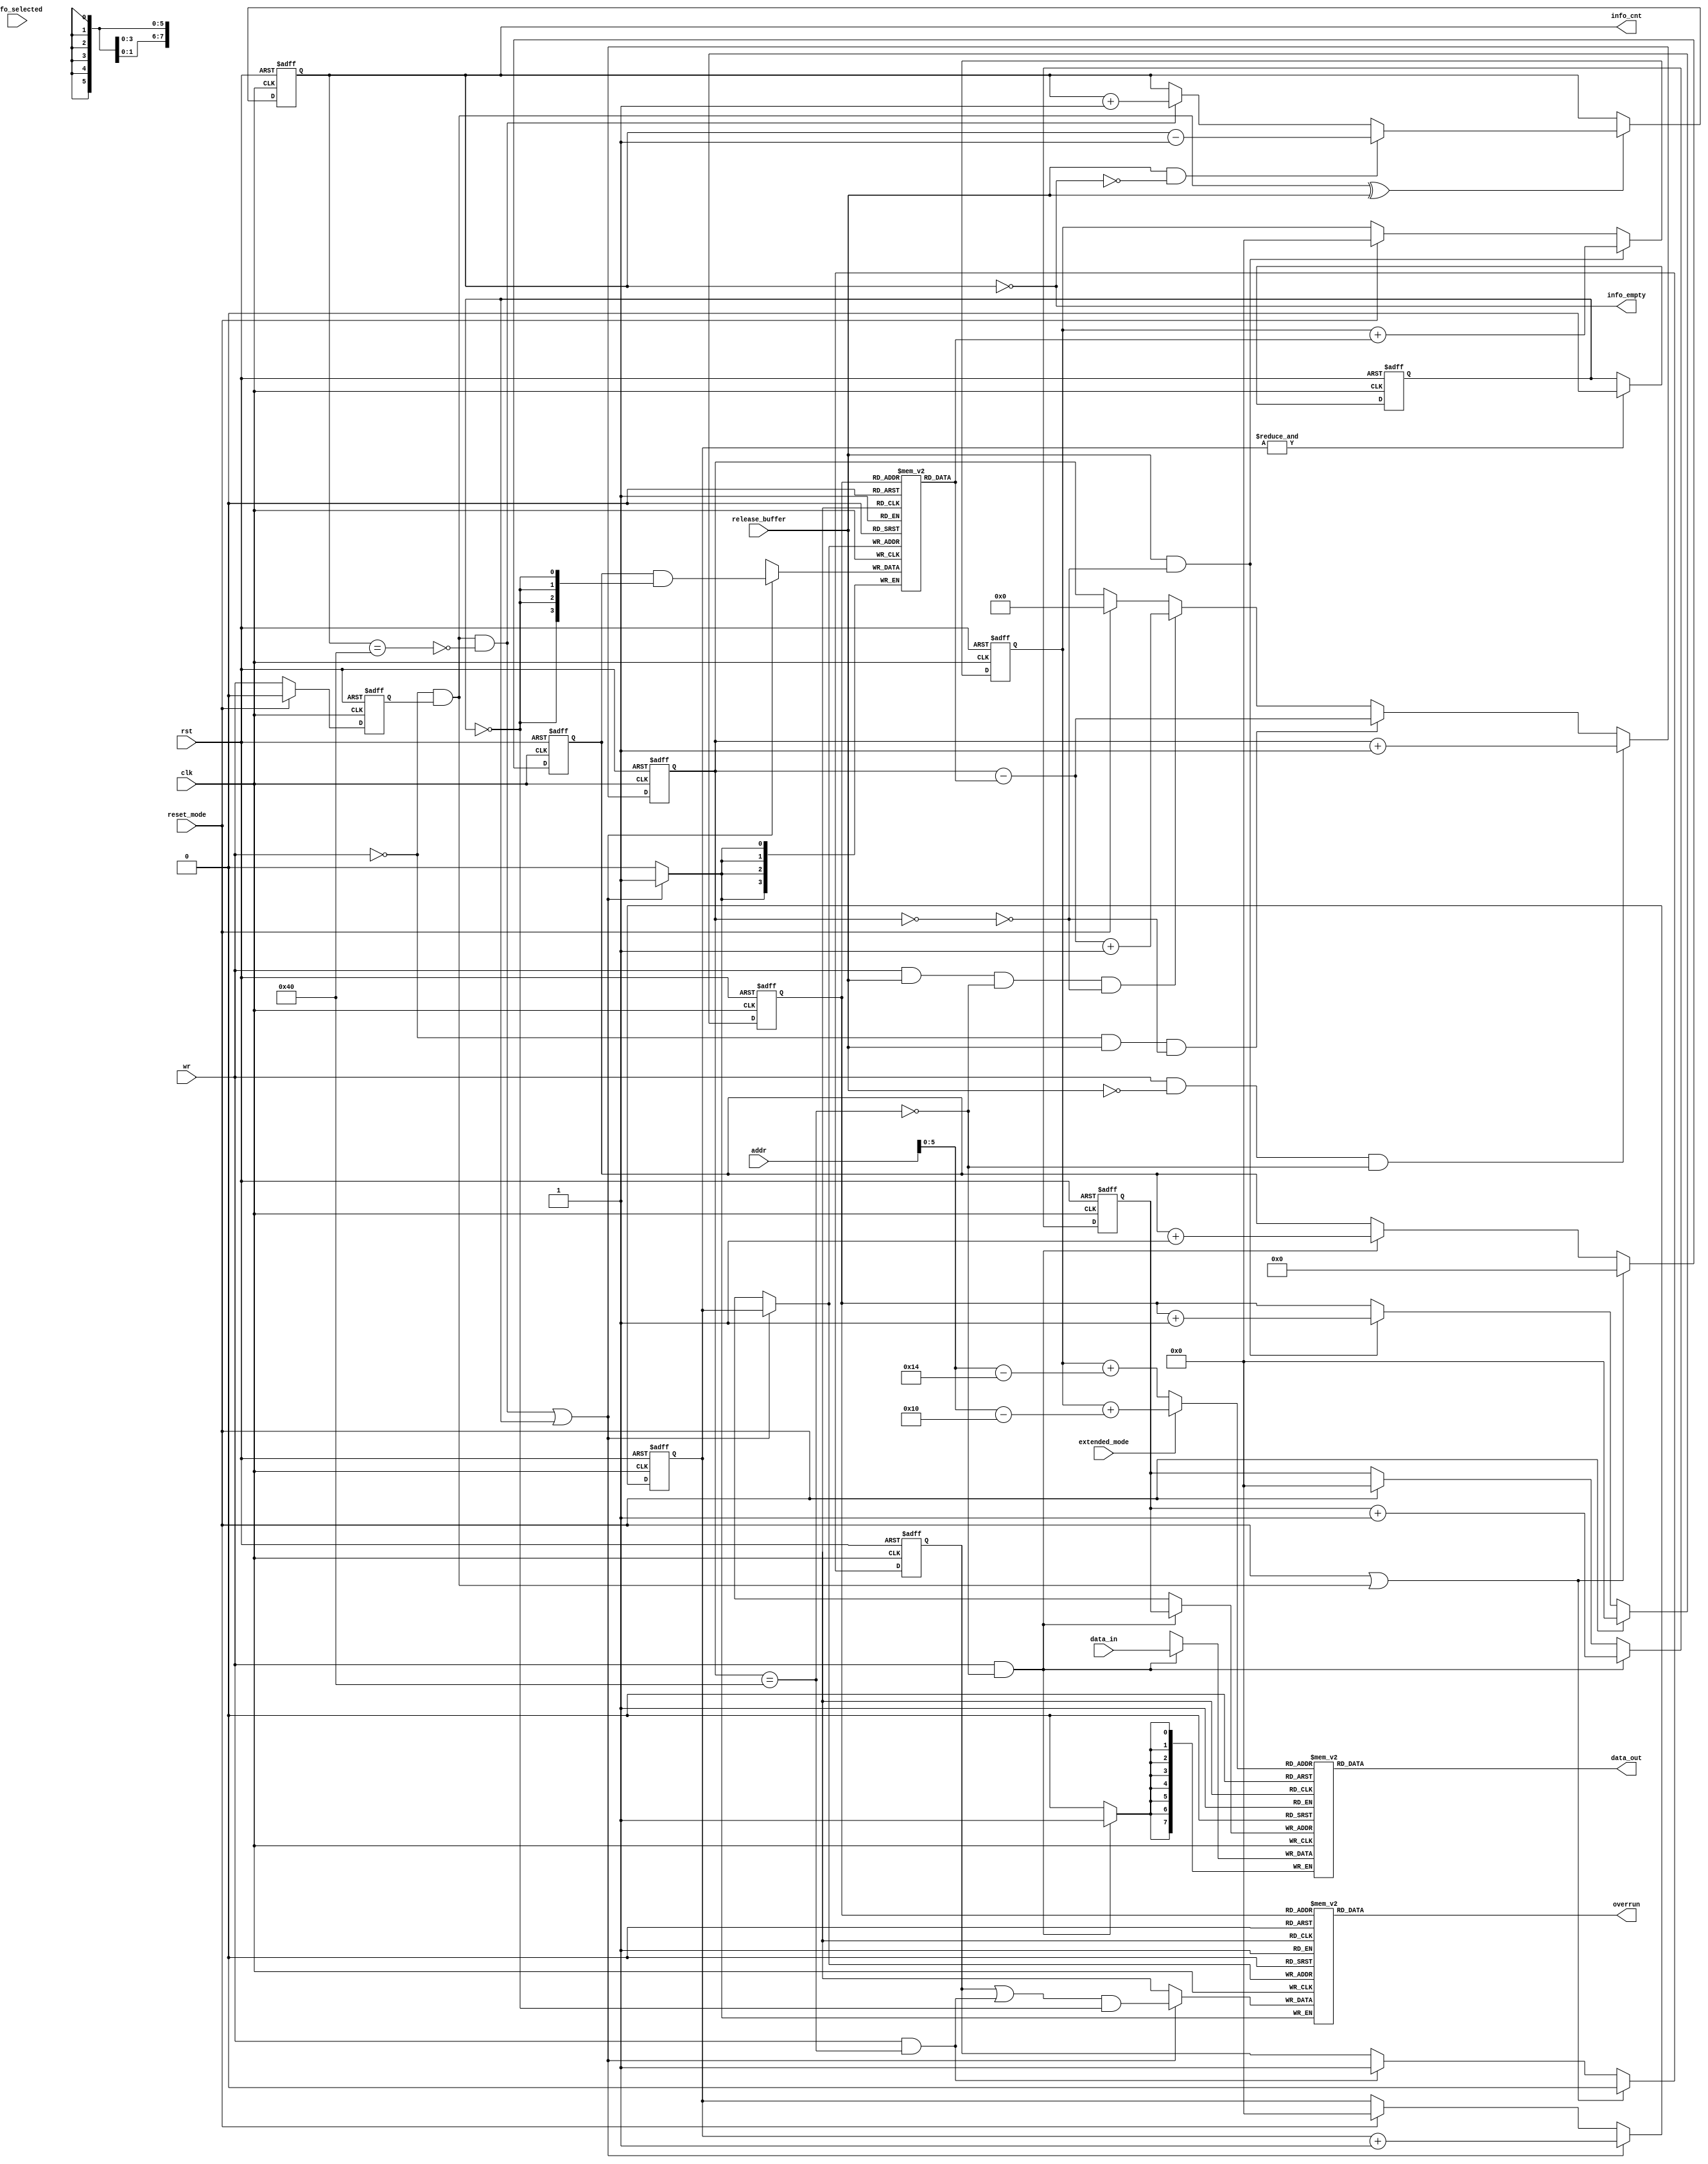
module can_fifo
( 
  clk,
  rst,

  wr,

  data_in,
  addr,
  data_out,
  fifo_selected,

  reset_mode,
  release_buffer,
  extended_mode,
  overrun,
  info_empty,
  info_cnt

);

parameter Tp = 1;

input         clk;
input         rst;
input         wr;
input   [7:0] data_in;
input   [7:0] addr;
input         reset_mode;
input         release_buffer;
input         extended_mode;
input         fifo_selected;

output  [7:0] data_out;
output        overrun;
output        info_empty;
output  [6:0] info_cnt;

`ifdef ACTEL_APA_RAM
`else
`ifdef XILINX_RAM
`else
  reg     [7:0] fifo [0:63];
  reg     [3:0] length_fifo[0:63];
  reg           overrun_info[0:63];
`endif
`endif

reg     [5:0] rd_pointer;
reg     [5:0] wr_pointer;
reg     [5:0] read_address;
reg     [5:0] wr_info_pointer;
reg     [5:0] rd_info_pointer;
reg           wr_q;
reg     [3:0] len_cnt;
reg     [6:0] fifo_cnt;
reg     [6:0] info_cnt;
reg           latch_overrun;
reg           initialize_memories;

wire    [3:0] length_info;
wire          write_length_info;
wire          fifo_empty;
wire          fifo_full;
wire          info_full;

assign write_length_info = (~wr) & wr_q;

// Delayed write signal
always @ (posedge clk or posedge rst)
begin
  if (rst)
    wr_q <= 0;
  else if (reset_mode)
    wr_q <=#Tp 0;
  else
    wr_q <=#Tp wr;
end


// length counter
always @ (posedge clk or posedge rst)
begin
  if (rst)
    len_cnt <= 0;
  else if (reset_mode | write_length_info)
    len_cnt <=#Tp 1'b0;
  else if (wr & (~fifo_full))
    len_cnt <=#Tp len_cnt + 1'b1;
end


// wr_info_pointer
always @ (posedge clk or posedge rst)
begin
  if (rst)
    wr_info_pointer <= 0;
  else if (write_length_info & (~info_full) | initialize_memories)
    wr_info_pointer <=#Tp wr_info_pointer + 1'b1;
  else if (reset_mode)
    wr_info_pointer <=#Tp 0;
end



// rd_info_pointer
always @ (posedge clk or posedge rst)
begin
  if (rst)
    rd_info_pointer <= 0;
  else if (reset_mode)
    rd_info_pointer <=#Tp 0;
  else if (release_buffer & (~fifo_empty))
    rd_info_pointer <=#Tp rd_info_pointer + 1'b1;
end


// rd_pointer
always @ (posedge clk or posedge rst)
begin
  if (rst)
    rd_pointer <= 0;
  else if (release_buffer & (~fifo_empty))
    rd_pointer <=#Tp rd_pointer + length_info;
  else if (reset_mode)
    rd_pointer <=#Tp 0;
end


// wr_pointer
always @ (posedge clk or posedge rst)
begin
  if (rst)
    wr_pointer <= 0;
  else if (wr & (~fifo_full))
    wr_pointer <=#Tp wr_pointer + 1'b1;
  else if (reset_mode)
    wr_pointer <=#Tp 0;
end


// latch_overrun
always @ (posedge clk or posedge rst)
begin
  if (rst)
    latch_overrun <= 0;
  else if (reset_mode | write_length_info)
    latch_overrun <=#Tp 0;
  else if (wr & fifo_full)
    latch_overrun <=#Tp 1'b1;
end


// Counting data in fifo
always @ (posedge clk or posedge rst)
begin
  if (rst)
    fifo_cnt <= 0;
  else if (wr & (~release_buffer) & (~fifo_full))
    fifo_cnt <=#Tp fifo_cnt + 1'b1;
  else if ((~wr) & release_buffer & (~fifo_empty))
    fifo_cnt <=#Tp fifo_cnt - length_info;
  else if (wr & release_buffer & (~fifo_full) & (~fifo_empty))
    fifo_cnt <=#Tp fifo_cnt - length_info + 1'b1;
  else if (reset_mode)
    fifo_cnt <=#Tp 0;
end

assign fifo_full = fifo_cnt == 64;
assign fifo_empty = fifo_cnt == 0;


// Counting data in length_fifo and overrun_info fifo
always @ (posedge clk or posedge rst)
begin
  if (rst)
    info_cnt <= 0;
  else if (write_length_info ^ release_buffer)
    begin
      if (release_buffer & (~info_empty))
        info_cnt <=#Tp info_cnt - 1'b1;
      else if (write_length_info & (~info_full))
        info_cnt <=#Tp info_cnt + 1'b1;
    end
end
        
assign info_full = info_cnt == 64;
assign info_empty = info_cnt == 0;


// Selecting which address will be used for reading data from rx fifo
always @ (extended_mode or rd_pointer or addr)
begin
  if (extended_mode)      // extended mode
    begin
      read_address <= rd_pointer + (addr - 8'd16);
    end
  else                    // normal mode
    begin
      read_address <= rd_pointer + (addr - 8'd20);
    end
end


always @ (posedge clk or posedge rst)
begin
  if (rst)
    initialize_memories <= 1;
  else if (&wr_info_pointer)
    initialize_memories <=#Tp 1'b0;
end


`ifdef ACTEL_APA_RAM
  actel_ram_64x8_sync fifo
  (
    .DO      (data_out),
    .RCLOCK  (clk),
    .WCLOCK  (clk),
    .DI      (data_in),
    .PO      (),                       // parity not used
    .WRB     (~(wr & (~fifo_full))),
    .RDB     (~fifo_selected),
    .WADDR   (wr_pointer),
    .RADDR   (read_address)
  );


  actel_ram_64x4_sync info_fifo
  (
    .DO      (length_info),
    .RCLOCK  (clk),
    .WCLOCK  (clk),
    .DI      (len_cnt & {4{~initialize_memories}}),
    .PO      (),                       // parity not used
    .WRB     (~(write_length_info & (~info_full) | initialize_memories)),
    .RDB     (1'b0),                   // always enabled
    .WADDR   (wr_info_pointer),
    .RADDR   (rd_info_pointer)
  );


  actel_ram_64x1_sync overrun_fifo
  (
    .DO      (overrun),
    .RCLOCK  (clk),
    .WCLOCK  (clk),
    .DI      ((latch_overrun | (wr & fifo_full)) & (~initialize_memories)),
    .PO      (),                       // parity not used
    .WRB     (~(write_length_info & (~info_full) | initialize_memories)),
    .RDB     (1'b0),                   // always enabled
    .WADDR   (wr_info_pointer),
    .RADDR   (rd_info_pointer)
  );
`else
`ifdef XILINX_RAM

/*
  ram_64x8_sync fifo
  (
    .addra(wr_pointer),
    .addrb(read_address),
    .clka(clk),
    .clkb(clk),
    .dina(data_in),
    .doutb(data_out),
    .wea(wr & (~fifo_full))
  );
*/

  RAMB4_S8_S8 fifo
  (
    .DOA(),
    .DOB(data_out),
    .ADDRA({3'h0, wr_pointer}),
    .CLKA(clk),
    .DIA(data_in),
    .ENA(1'b1),
    .RSTA(1'b0),
    .WEA(wr & (~fifo_full)),
    .ADDRB({3'h0, read_address}),
    .CLKB(clk),
    .DIB(8'h0),
    .ENB(1'b1),
    .RSTB(1'b0),
    .WEB(1'b0)
  );



/*
  ram_64x4_sync info_fifo
  (
    .addra(wr_info_pointer),
    .addrb(rd_info_pointer),
    .clka(clk),
    .clkb(clk),
    .dina(len_cnt),
    .doutb(length_info),
    .wea(write_length_info & (~info_full))
  );
*/
  RAMB4_S4_S4 info_fifo
  (
    .DOA(),
    .DOB(length_info),
    .ADDRA({4'h0, wr_info_pointer}),
    .CLKA(clk),
    .DIA(len_cnt & {4{~initialize_memories}}),
    .ENA(1'b1),
    .RSTA(1'b0),
    .WEA(write_length_info & (~info_full) | initialize_memories),
    .ADDRB({4'h0, rd_info_pointer}),
    .CLKB(clk),
    .DIB(4'h0),
    .ENB(1'b1),
    .RSTB(1'b0),
    .WEB(1'b0)
  );

/*
  ram_64x1_sync overrun_fifo
  (
    .addra(wr_info_pointer),
    .addrb(rd_info_pointer),
    .clka(clk),
    .clkb(clk),
    .dina(latch_overrun | (wr & fifo_full)),
    .doutb(overrun),
    .wea(write_length_info & (~info_full))
  );
*/


  RAMB4_S1_S1 overrun_fifo
  (
    .DOA(),
    .DOB(overrun),
    .ADDRA({6'h0, wr_info_pointer}),
    .CLKA(clk),
    .DIA((latch_overrun | (wr & fifo_full)) & (~initialize_memories)),
    .ENA(1'b1),
    .RSTA(1'b0),
    .WEA(write_length_info & (~info_full) | initialize_memories),
    .ADDRB({6'h0, rd_info_pointer}),
    .CLKB(clk),
    .DIB(1'h0),
    .ENB(1'b1),
    .RSTB(1'b0),
    .WEB(1'b0)
  );


`else
  // writing data to fifo
  always @ (posedge clk)
  begin
    if (wr & (~fifo_full))
      fifo[wr_pointer] <=#Tp data_in;
  end

  // reading from fifo
  assign data_out = fifo[read_address];


  // writing length_fifo
  always @ (posedge clk)
  begin
    if (write_length_info & (~info_full) | initialize_memories)
      length_fifo[wr_info_pointer] <=#Tp len_cnt & {4{~initialize_memories}};
  end


  // reading length_fifo
  assign length_info = length_fifo[rd_info_pointer];

  // overrun_info
  always @ (posedge clk)
  begin
    if (write_length_info & (~info_full) | initialize_memories)
      overrun_info[wr_info_pointer] <=#Tp (latch_overrun | (wr & fifo_full)) & (~initialize_memories);
  end
  
  
  // reading overrun
  assign overrun = overrun_info[rd_info_pointer];


`endif
`endif





endmodule